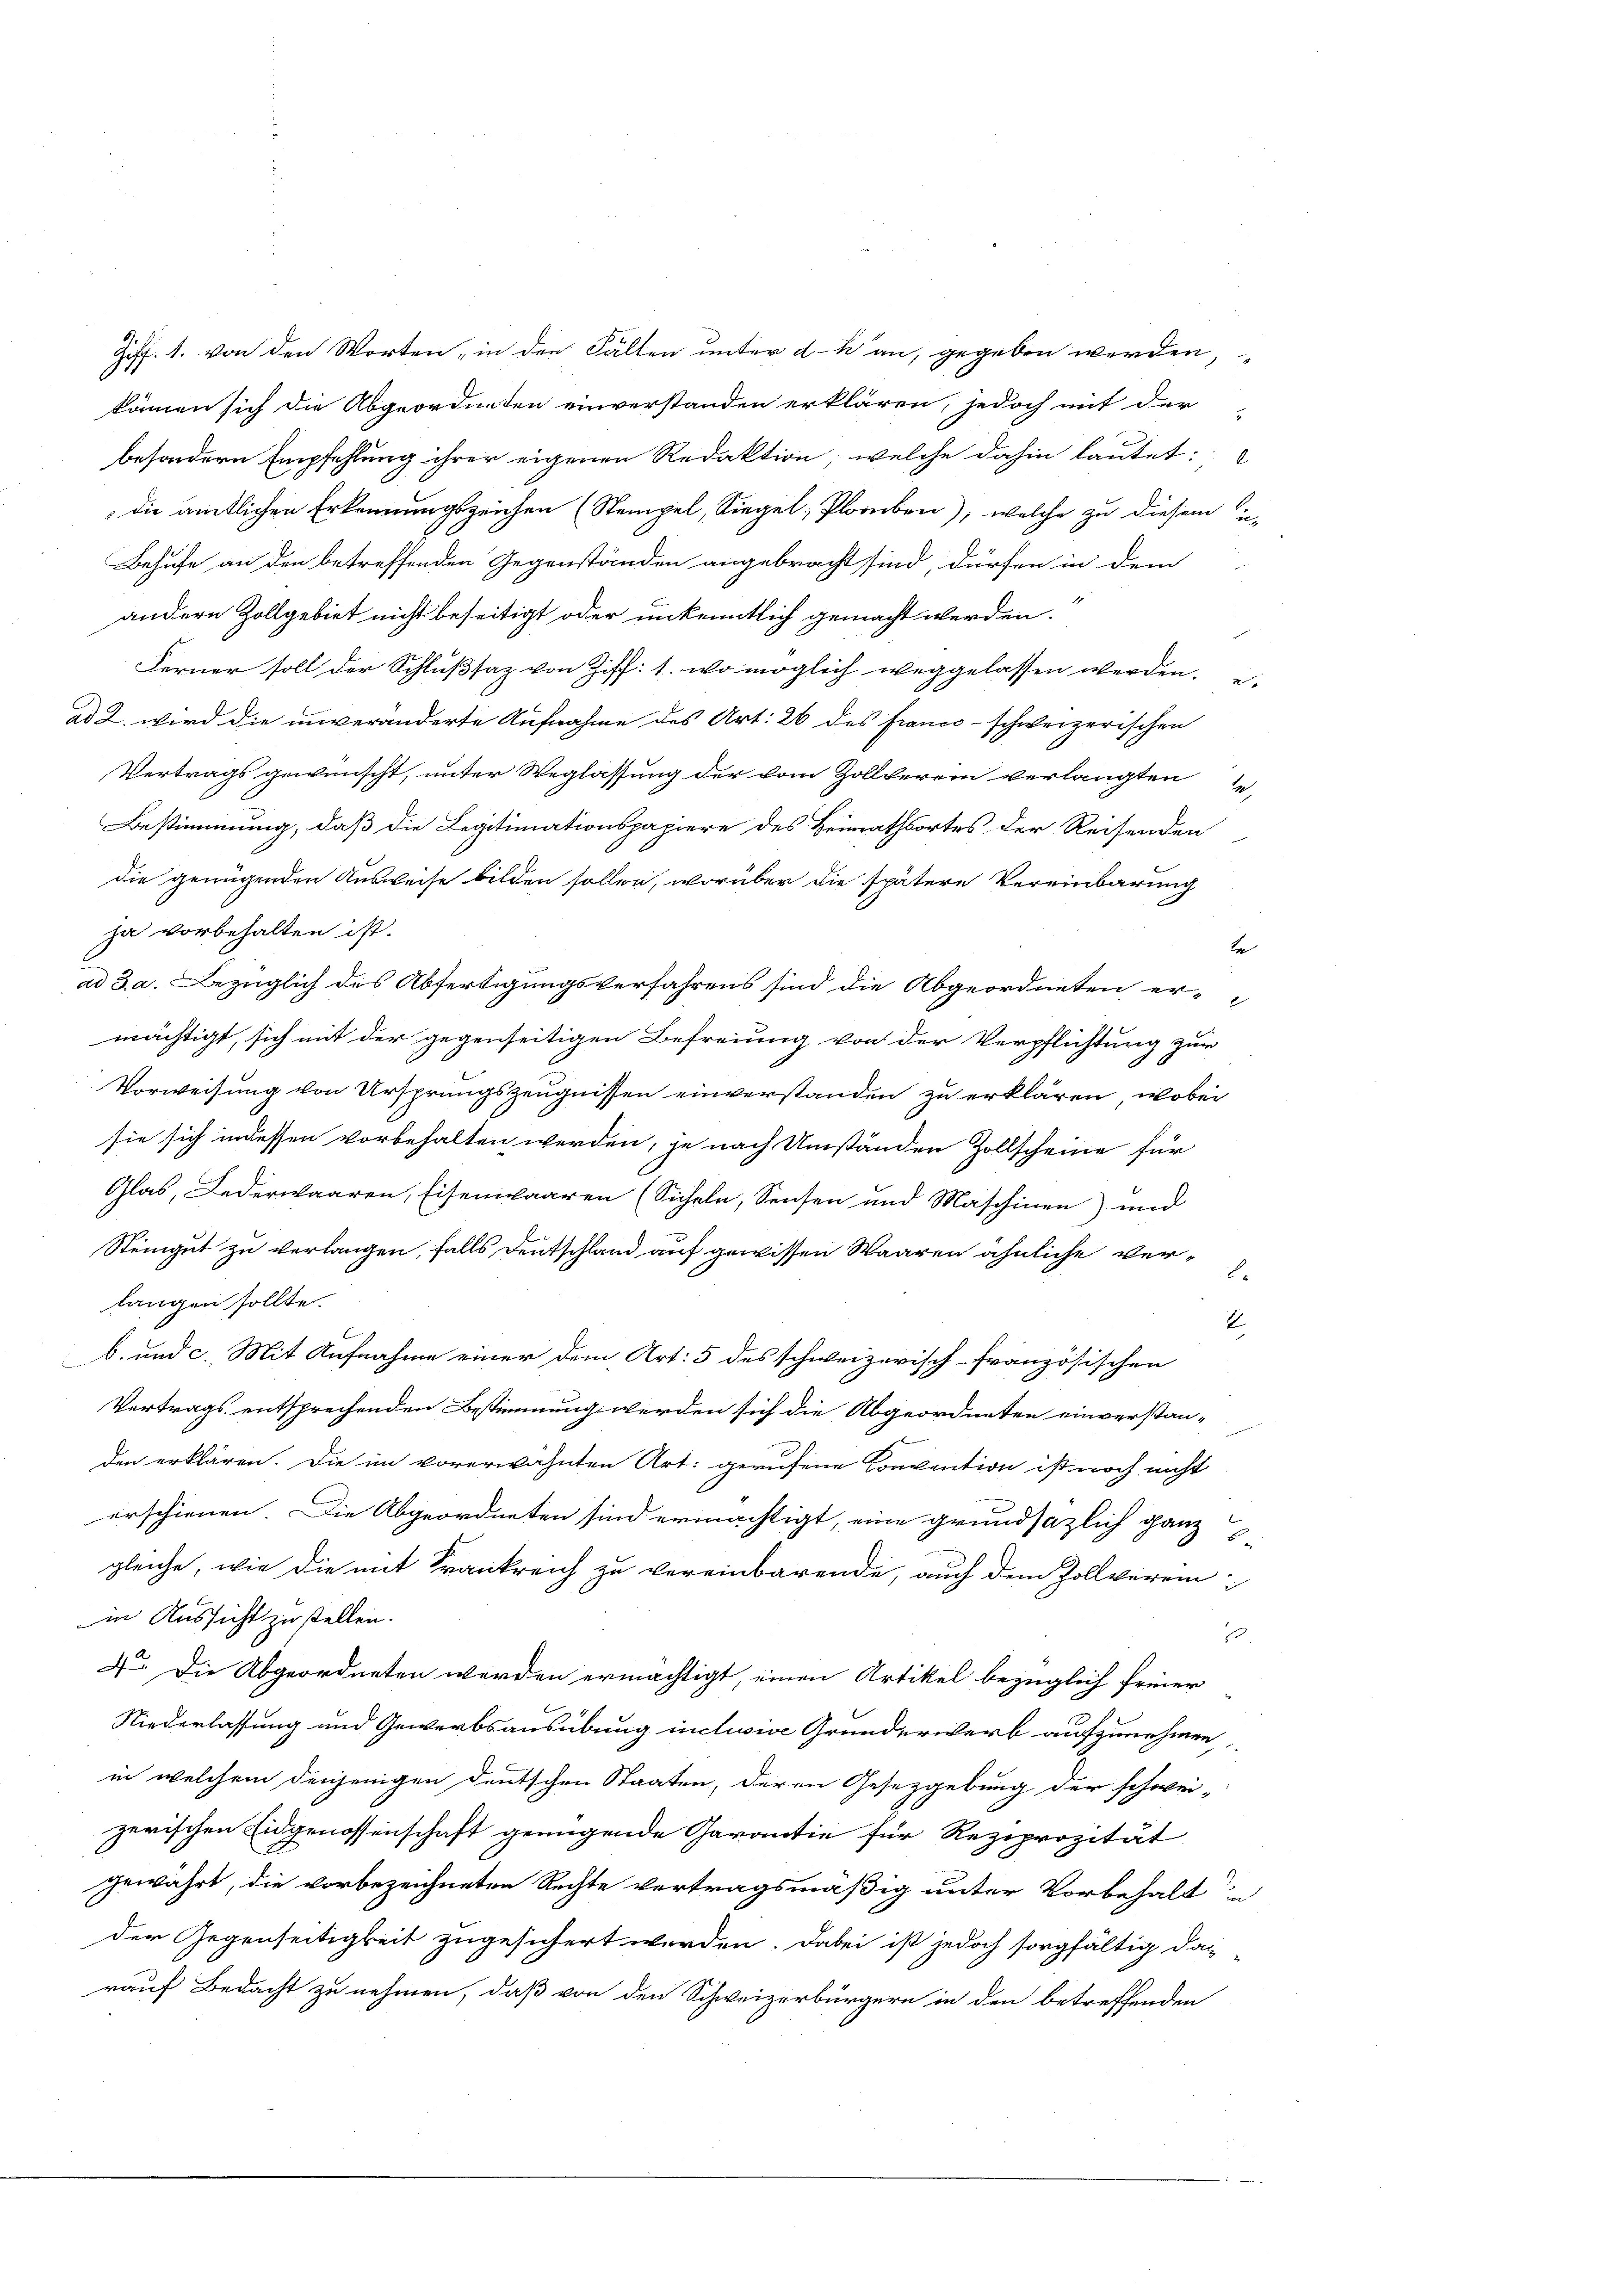
Ziff. 1. von den Worten, in den Falten unter dh an, gegeben werden,
kämen sich die Abgeordneten einverstanden erklären, jedoch mit der
besondern Empfehlung ihrer eigenen Redaktion, welche dahin lautet:
die amtlichen Erkennungszeichen (Stempel, Siegel; Plauben), welche zu diesem in-
Behufe an den betreffenden Gegenständen angebracht sind, dürfen in dem
andern Zollgebiet nicht beseitigt oder unkenntlich gemacht werden.
.
Ferner soll der Schlußsaz von Ziff. 1. wo möglich weggelassen werden. e
ad 2. wird die unveränderte Aufnahme des Art. 26 des franco-schweizerischen
Vertrags gewünscht, unter Weglassung der vom Zollverein verlangten
Bestimmung, daß die Legitimationspapiere des Heimathsortes der Reisenden
die genügenden Ausweise bilden sollen, worüber die spätere Vereinbarung
ja vorbehalten ist.
b
ad 3. a. Bezüglich des Abfertigungsverfahrens sind die Abgeordneten ermächtigt, sich mit der gegenseitigen Befreiung von der Verpflichtung zur
Vorweisung von Ursprungszeugnissen einverstanden zu erklären, wobei
sie sich indessen vorbehalten werden, je nach Umständen Zollscheine für
Glas, Jederwaaren, Eisenwaaren (Sicheln, Sensen und Maschinen) und
Steingut zu verlangen, falls Deutschland auf gewissen Waaren ähnliche ver¬
.
langen sollte.
E
b. und c. Mit Aufnahme einer dem Art: 5 des schweizerisch-Französischen
Vertrags entsprechenden Bestimmung werden sich die Abgeordneten einverstan-
den erklären. Die im vorerwähnten Art: gerufene Convention ist noch nicht
erschienen. Die Abgeordneten sind ermächtigt, eine grundsätzlich ganz
gleiche, wie die mit Trankreich zu vereinbarende, auch dem Zollverein
in Aussicht zu stellen.
.
4. Die Abgeordneten werden ermächtigt, einen Artikel bezüglich feiner
Niederlassung und Gewerbsausübung inclusive Grunderwerb aufzunehmen,
in welchem denjenigen deutschen Staaten, deren Gesetzgebung der schwei-
zerischen Eidgenossenschaft genügende Garantie für Reziprozität
gewährt, die vorbezeichneten Rechte vertragsmäßig unter Vorbehalt u
der Gegenseitigkeit zugesichert worden. Dabei ist jedoch sorgfältig da-
rauf Bedacht zu nehmen, daß von den Schweizerbürgern in den betreffenden